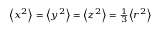
\scriptstyle \left\langle x ^ { 2 } \right\rangle \; = \; \left\langle y ^ { 2 } \right\rangle \; = \; \left\langle z ^ { 2 } \right\rangle \; = \; { \frac { 1 } { 3 } } \left\langle r ^ { 2 } \right\rangle